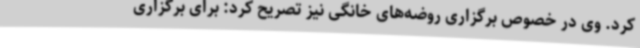
کرد. وی در خصوص برگزاری روضه‌های خانگی نیز تصریح کرد: برای برگزاری